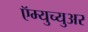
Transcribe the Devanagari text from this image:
ऍम्युच्युअर